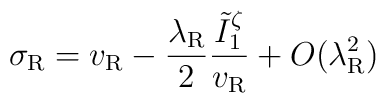
\sigma_{\rm R}=v_{\rm R}-\frac{\lambda_{\rm R}}{2}\frac{\tilde{I}_1^{\zeta}}{v_{\rm R}}+O(\lambda_{\rm R}^2)